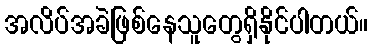
အလိပ်အခဲဖြစ်နေသူတွေရှိနိုင်ပါတယ်။